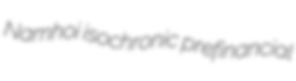
Namhoi isochronic prefinancial